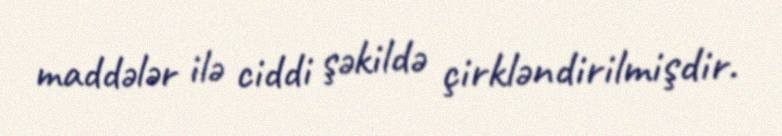
maddələr ilə ciddi şəkildə çirkləndirilmişdir.